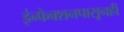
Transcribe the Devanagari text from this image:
इंन्फेक्शनपासूनही